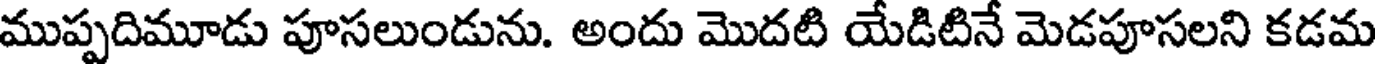
ముప్పదిమూడు పూసలుండును. అందు మొదటి యేడిటినే మెడపూసలని కడమ